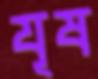
যূষ